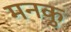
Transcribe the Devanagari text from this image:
मनकु